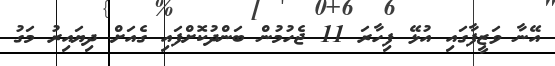
އޭނާ ވަޒީފާގައި އުޅޭ ފިހާރަ 11 ޖެހުމުން ބަންދުކޮށްފައި ގެއަށް ދިޔައިރު މަގު